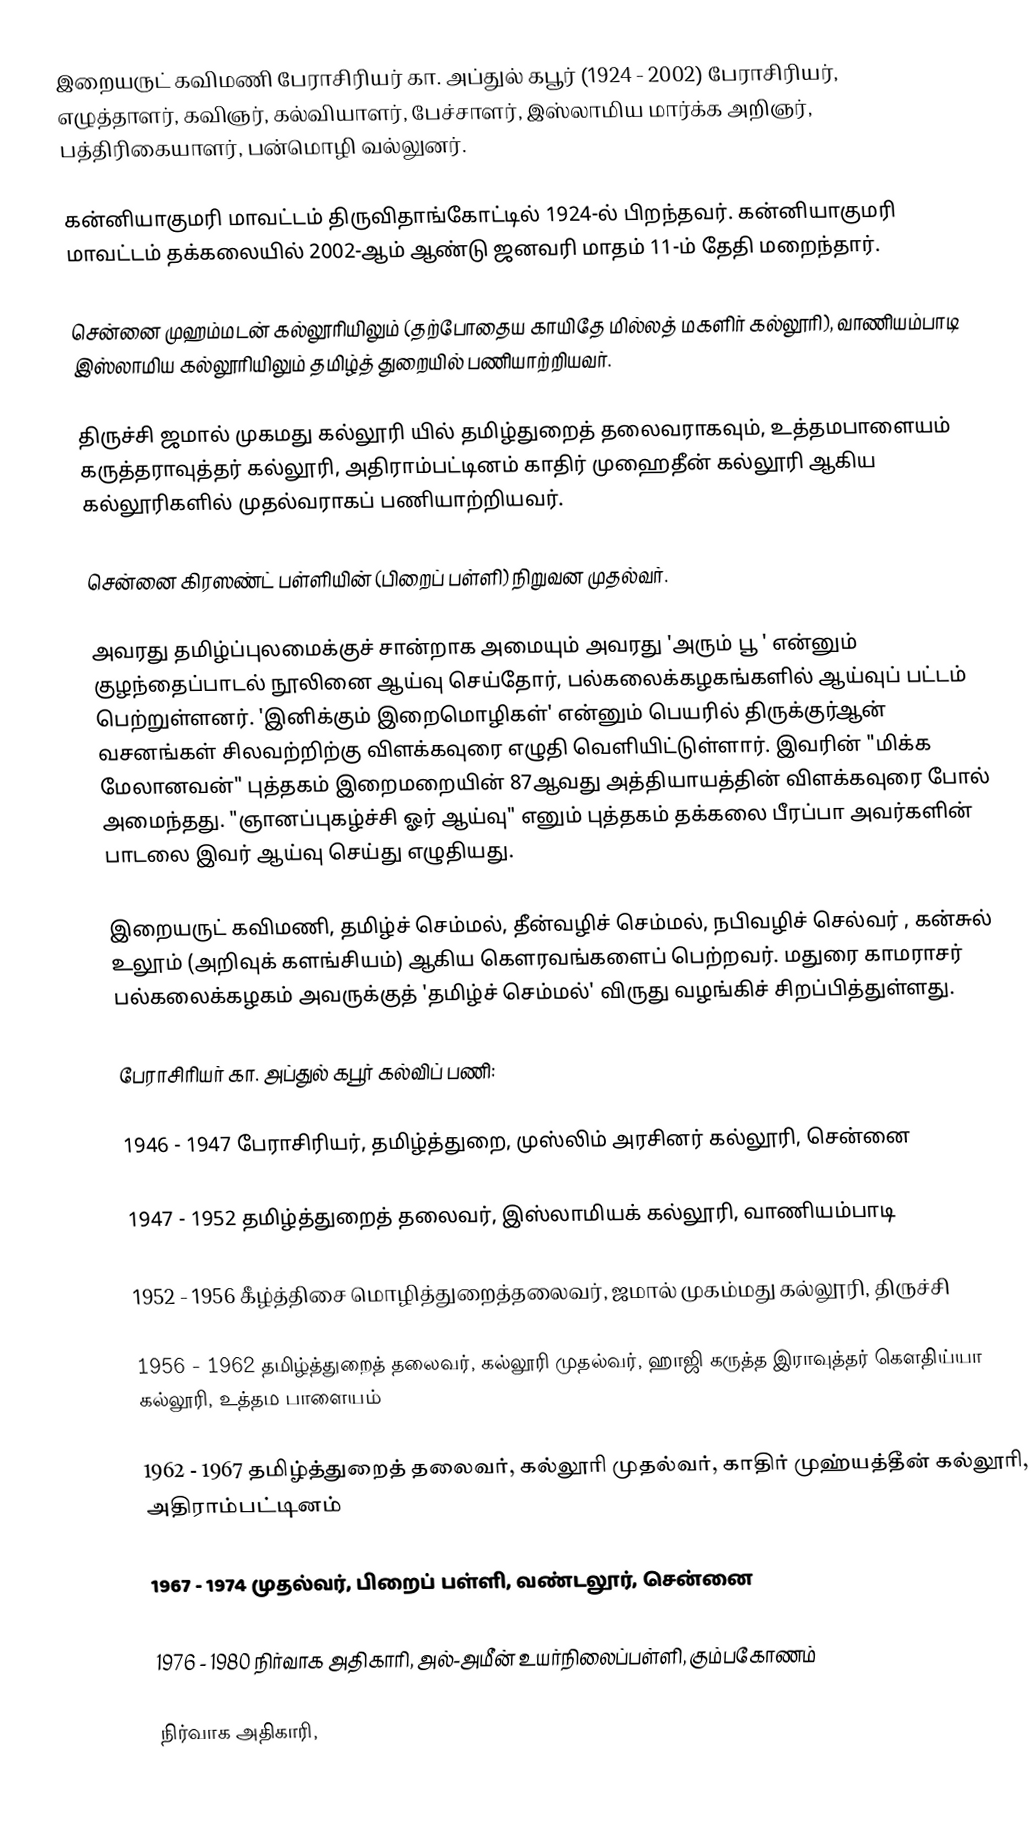
இறையருட் கவிமணி பேராசிரியர் கா. அப்துல் கபூர் (1924 - 2002) பேராசிரியர், எழுத்தாளர், கவிஞர், கல்வியாளர், பேச்சாளர், இஸ்லாமிய மார்க்க அறிஞர், பத்திரிகையாளர், பன்மொழி வல்லுனர்.

கன்னியாகுமரி மாவட்டம் திருவிதாங்கோட்டில் 1924-ல் பிறந்தவர்.  கன்னியாகுமரி மாவட்டம் தக்கலையில் 2002-ஆம் ஆண்டு ஜனவரி மாதம் 11-ம் தேதி மறைந்தார்.

சென்னை முஹம்மடன் கல்லூரியிலும் (தற்போதைய காயிதே மில்லத் மகளிர் கல்லூரி), வாணியம்பாடி இஸ்லாமிய கல்லூரியிலும் தமிழ்த் துறையில் பணியாற்றியவர்.

திருச்சி ஜமால் முகமது கல்லூரி யில் தமிழ்துறைத் தலைவராகவும், உத்தமபாளையம் கருத்தராவுத்தர் கல்லூரி, அதிராம்பட்டினம் காதிர் முஹைதீன் கல்லூரி ஆகிய கல்லூரிகளில் முதல்வராகப் பணியாற்றியவர்.

சென்னை கிரஸண்ட் பள்ளியின் (பிறைப் பள்ளி) நிறுவன முதல்வர்.

அவரது தமிழ்ப்புலமைக்குச் சான்றாக அமையும் அவரது 'அரும் பூ ' என்னும் குழந்தைப்பாடல் நூலினை ஆய்வு செய்தோர், பல்கலைக்கழகங்களில் ஆய்வுப் பட்டம் பெற்றுள்ளனர். 'இனிக்கும் இறைமொழிகள்' என்னும் பெயரில் திருக்குர்ஆன் வசனங்கள் சிலவற்றிற்கு விளக்கவுரை எழுதி வெளியிட்டுள்ளார். இவரின் "மிக்க மேலானவன்" புத்தகம் இறைமறையின் 87ஆவது அத்தியாயத்தின் விளக்கவுரை போல் அமைந்தது. "ஞானப்புகழ்ச்சி ஓர் ஆய்வு" எனும் புத்தகம் தக்கலை பீரப்பா அவர்களின் பாடலை இவர் ஆய்வு செய்து எழுதியது.

இறையருட் கவிமணி, தமிழ்ச் செம்மல், தீன்வழிச் செம்மல், நபிவழிச் செல்வர் , கன்சுல் உலூம் (அறிவுக் களங்சியம்) ஆகிய கெளரவங்களைப் பெற்றவர். மதுரை காமராசர் பல்கலைக்கழகம் அவருக்குத் 'தமிழ்ச் செம்மல்' விருது வழங்கிச் சிறப்பித்துள்ளது.

பேராசிரியர் கா. அப்துல் கபூர் கல்விப் பணி:

1946 - 1947  பேராசிரியர், தமிழ்த்துறை, முஸ்லிம் அரசினர் கல்லூரி, சென்னை

1947 - 1952  தமிழ்த்துறைத் தலைவர், இஸ்லாமியக் கல்லூரி, வாணியம்பாடி

1952 - 1956  கீழ்த்திசை மொழித்துறைத்தலைவர், ஜமால் முகம்மது கல்லூரி, திருச்சி

1956 - 1962  தமிழ்த்துறைத் தலைவர், கல்லூரி முதல்வர், ஹாஜி கருத்த இராவுத்தர் கெளதிய்யா கல்லூரி, உத்தம பாளையம்

1962 - 1967  தமிழ்த்துறைத் தலைவர், கல்லூரி முதல்வர், காதிர் முஹ்யத்தீன் கல்லூரி, அதிராம்பட்டினம்

1967 - 1974  முதல்வர், பிறைப் பள்ளி, வண்டலூர், சென்னை

1976 - 1980  நிர்வாக அதிகாரி, அல்-அமீன் உயர்நிலைப்பள்ளி, கும்பகோணம்

நிர்வாக அதிகாரி,